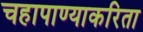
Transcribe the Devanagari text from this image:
चहापाण्याकरिता